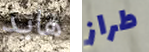
هايد طراز